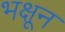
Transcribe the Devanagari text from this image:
भक्षून